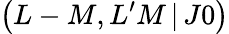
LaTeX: \left(L-M,L^{\prime}M\, |\, J0\right)